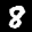
Label: 8